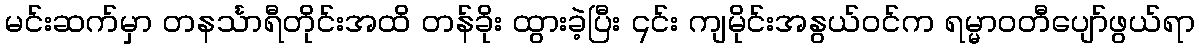
မင်းဆက်မှာ တနင်္သာရီတိုင်းအထိ တန်ခိုး ထွားခဲ့ပြီး ၎င်း ကျမိုင်းအနွယ်ဝင်က ရမ္မာဝတီပျော်ဖွယ်ရာ